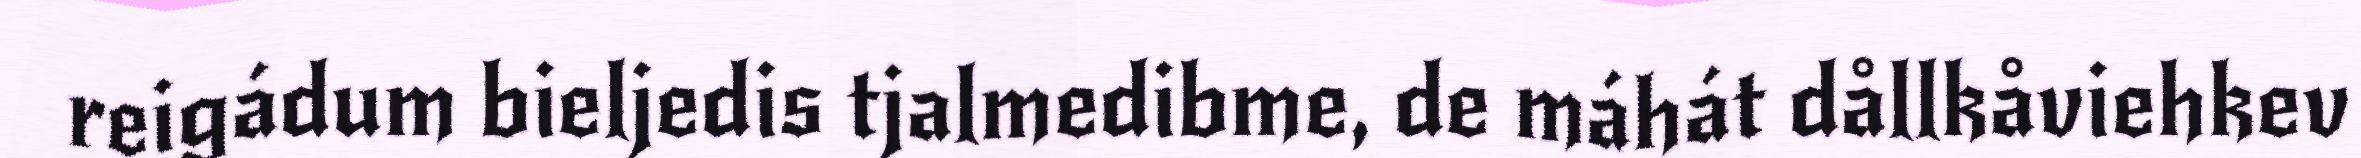
reigádum bieljedis tjalmedibme, de máhát dållkåviehkev